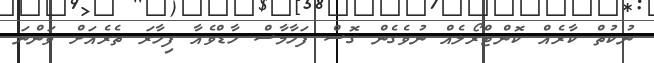
ނުކުތް ކާރެއް ކޮންޓްރޯލެއް ނުވެގެން ގޮސް ފަހާމާސް ހާޑްވެއާ ފިހާރަ ތެރެއަށް ވަންނަ